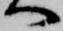
へ